Report of the King Institute of Preventive Medicine, Guindy
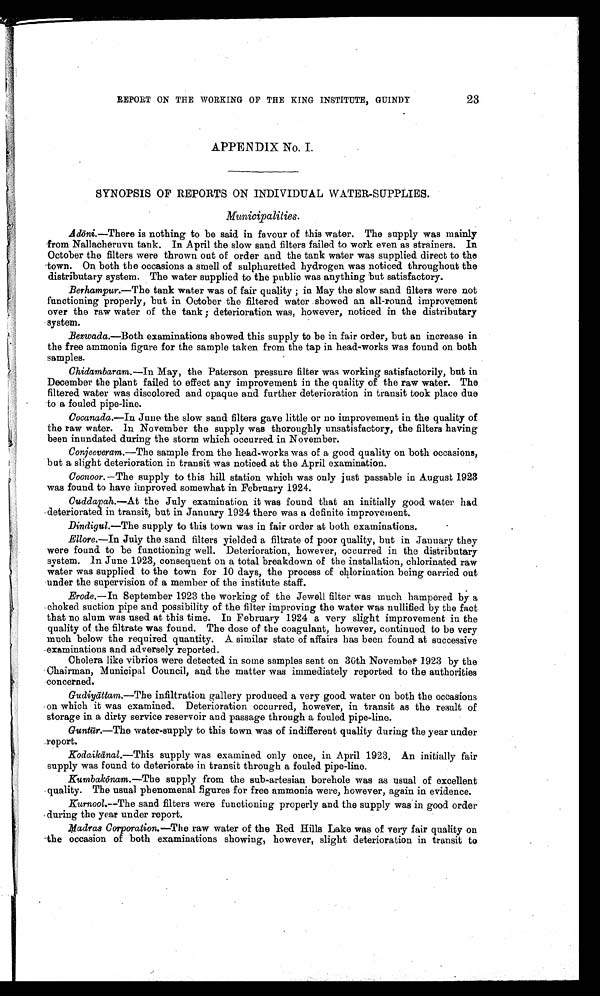
23.
REPORT ON THE WORKING OF THE KING INSTITUTE, GUINDY
APPENDIX No. I.
SYNOPSIS OF REPORTS ON INDIVIDUAL WATER-SUPPLIES.
Municipalities.
Adōni.—There is nothing to be said in favour of this water. The supply was mainly
from Nallacheruvu tank. In April the slow sand filters failed to work even as strainers. In
October the filters were thrown out of order and the tank water was supplied direct to the
town. On both the occasions a smell of sulphuretted hydrogen was noticed throughout the
distributary system. The water supplied to the public was anything but satisfactory.
Berhampur.— The tank water was of fair quality; in May the slow sand filters were not
functioning properly, but in October the filtered water showed an all-round improvement
over the raw water of the tank; deterioration was, however, noticed in the distributary
system.
Bezwada .—Both examinations showed this supply to be in fair order, but an increase in
the free ammonia figure for the sample taken from the tap in head-works was found on both
samples.
Chidambaram .—In May, the Paterson pressure filter was working satisfactorily, but in
December the plant failed to effect any improvement in the quality of the raw water. The
filtered water was discolored and opaque and further deterioration in transit took place due
to a fouled pipe-line.
Cocanada.— In June the slow sand filters gave little or no improvement in the quality of
the raw water. In November the supply was thoroughly unsatisfactory, the filters having
been inundated during the storm which occurred in November.
Conjeeveram.— The sample from the head-works was of a good quality on both occasions,
but a slight deterioration in transit was noticed at the April examination.
Coonoor.— The supply to this hill station which was only just passable in August 1923
was found to have improved somewhat in February 1924.
Cuddapah.— At the July examination it was found that an initially good water had
deteriorated in transit, but in January 1924 there was a definite improvement.
Dindigul —The supply to this town was in fair order at both examinations.
Ellore.— In July the sand filters yielded a filtrate of poor quality, but in January they
were found to be functioning well. Deterioration, however, occurred in the distributary
system. In June 1923, consequent on a total breakdown of the installation, chlorinated raw
water was supplied to the town for 10 days, the process of chlorination being carried out
under the supervision of a member of the institute staff.
Erode.— In September 1923 the working of the Jewell filter was much hampered by a
choked suction pipe and possibility of the filter improving the water was nullified by the fact
that no alum was used at this time. In February 1924 a very slight improvement in the
quality of the filtrate was found. The dose of the coagulant, however, continued to be very
much below the required quantity. A similar state of affairs has been found at successive
examinations and adversely reported.
Cholera like vibrios were detected in some samples sent on 30th November 1923 by the
Chairman, Municipal Council, and the matter was immediately reported to the authorities
concerned.
Gudiyā ttam .—The infiltration gallery produced a very good water on both the occasions
on which it was examined. Deterioration occurred, however, in transit as the result of
storage in a dirty service reservoir and passage through a fouled pipe-line.
Guntū r.—The water-supply to this town was of indifferent quality during the year under
report.
Kodaik ā nal.—This supply was examined only once, in April 1923. An initially fair
supply was found to deteriorate in transit through a fouled pipe-line.
Kumbak ōnam. —The supply from the sub-artesian borehole was as usual of excellent
quality. The usual phenomenal figures for free ammonia were, however, again in evidence.
Kurnool .—The sand filters were functioning properly and the supply was in good order
during the year under report.
Madras Corporation.—The raw water of the Red Hills Lake was of very fair quality on
the occasion of both examinations showing, however, slight deterioration in transit to